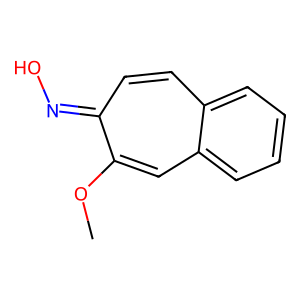
SMILES: COc1cc2ccccc2ccc1=NO
Inhibits HIV replication: No